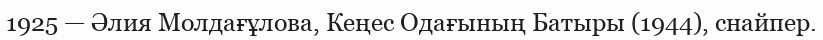
1925 — Әлия Молдағұлова, Кеңес Одағының Батыры (1944), снайпер.